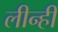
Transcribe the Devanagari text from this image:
लीन्‍हीं